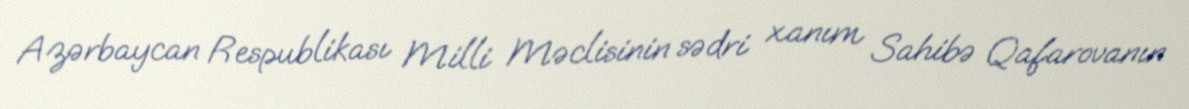
Azərbaycan Respublikası Milli Məclisinin sədri xanım Sahibə Qafarovanın